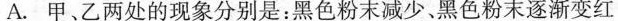
A.甲、乙两处的现象分别是：黑色粉末减少黑色粉末逐渐变红